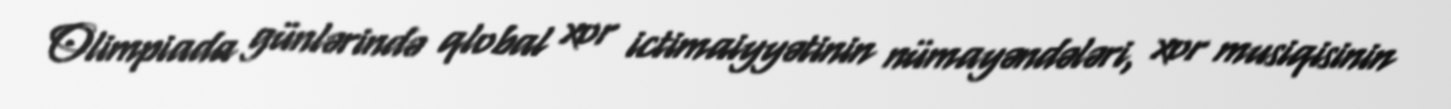
Olimpiada günlərində qlobal xor ictimaiyyətinin nümayəndələri, xor musiqisinin